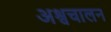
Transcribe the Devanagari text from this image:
अश्वचालन